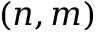
( n , m )